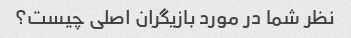
نظر شما در مورد بازیگران اصلی چیست؟